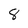
Character: 8